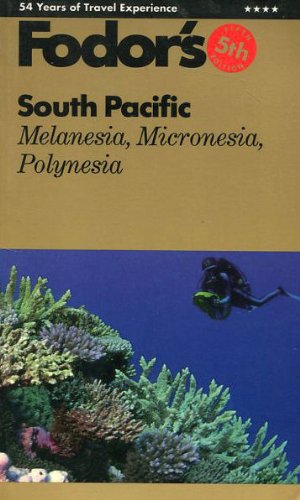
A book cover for FODOR-S.PACIFIC90 (Fodor's travel guides); Fodor's; Travel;